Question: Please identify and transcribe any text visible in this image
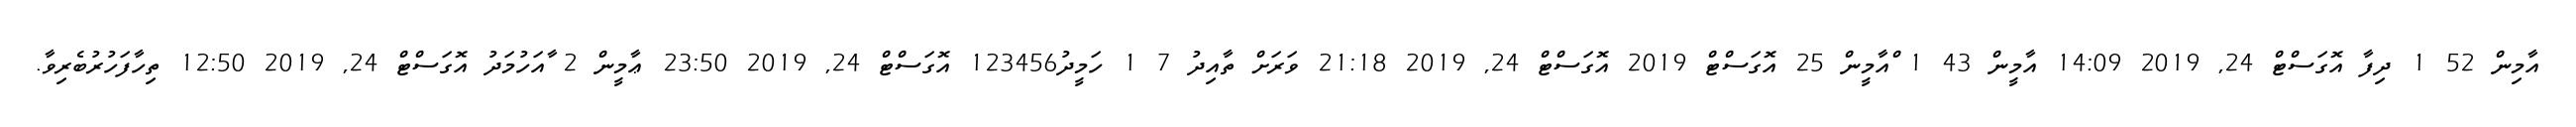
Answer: އާމިން 52 1 ދިފާ އޮގަސްޓް 24, 2019 14:09 އާމީން 43 1 ްއާމީން 25 އޮގަސްޓް 2019 އޮގަސްޓް 24, 2019 21:18 ވަރަށް ތާއިދު 7 1 ހަމީދު123456 އޮގަސްޓް 24, 2019 23:50 ޢާމީން 2 ާއަހުމަދު އޮގަސްޓް 24, 2019 12:50 ތިހާފަހުރުބެރިވާ.